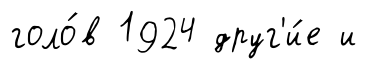
голо́в 1924 друг'и́е и